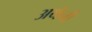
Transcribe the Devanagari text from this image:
अथेनी